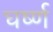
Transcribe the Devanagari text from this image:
घर्ष्ण